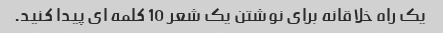
یک راه خلاقانه برای نوشتن یک شعر 10 کلمه ای پیدا کنید.